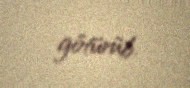
götürüb.